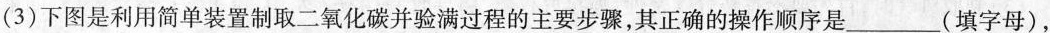
(3)下图是利用简单装置制取二氧化碳并验满过程的主要步骤，其正确的操作顺序是___(填字母)，